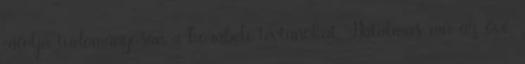
cáfolja tudományosan a korabeli tévtanokat. Hatalmas mű az övé.